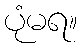
ပုံမရ။